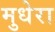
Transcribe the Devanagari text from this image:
मुधेरा